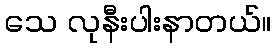
သေ လုနီးပါးနာတယ်။